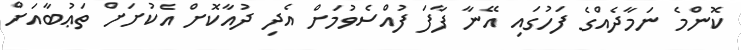
ކޮންމެ ނަމާދެއްގެ ފަހުގައި އޭނާ ފާފަ ފުއްސެވުމަށް އެދި ދުއާކޮށް އެކުށަށް ތަޢުބާއަށް